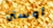
أوستن